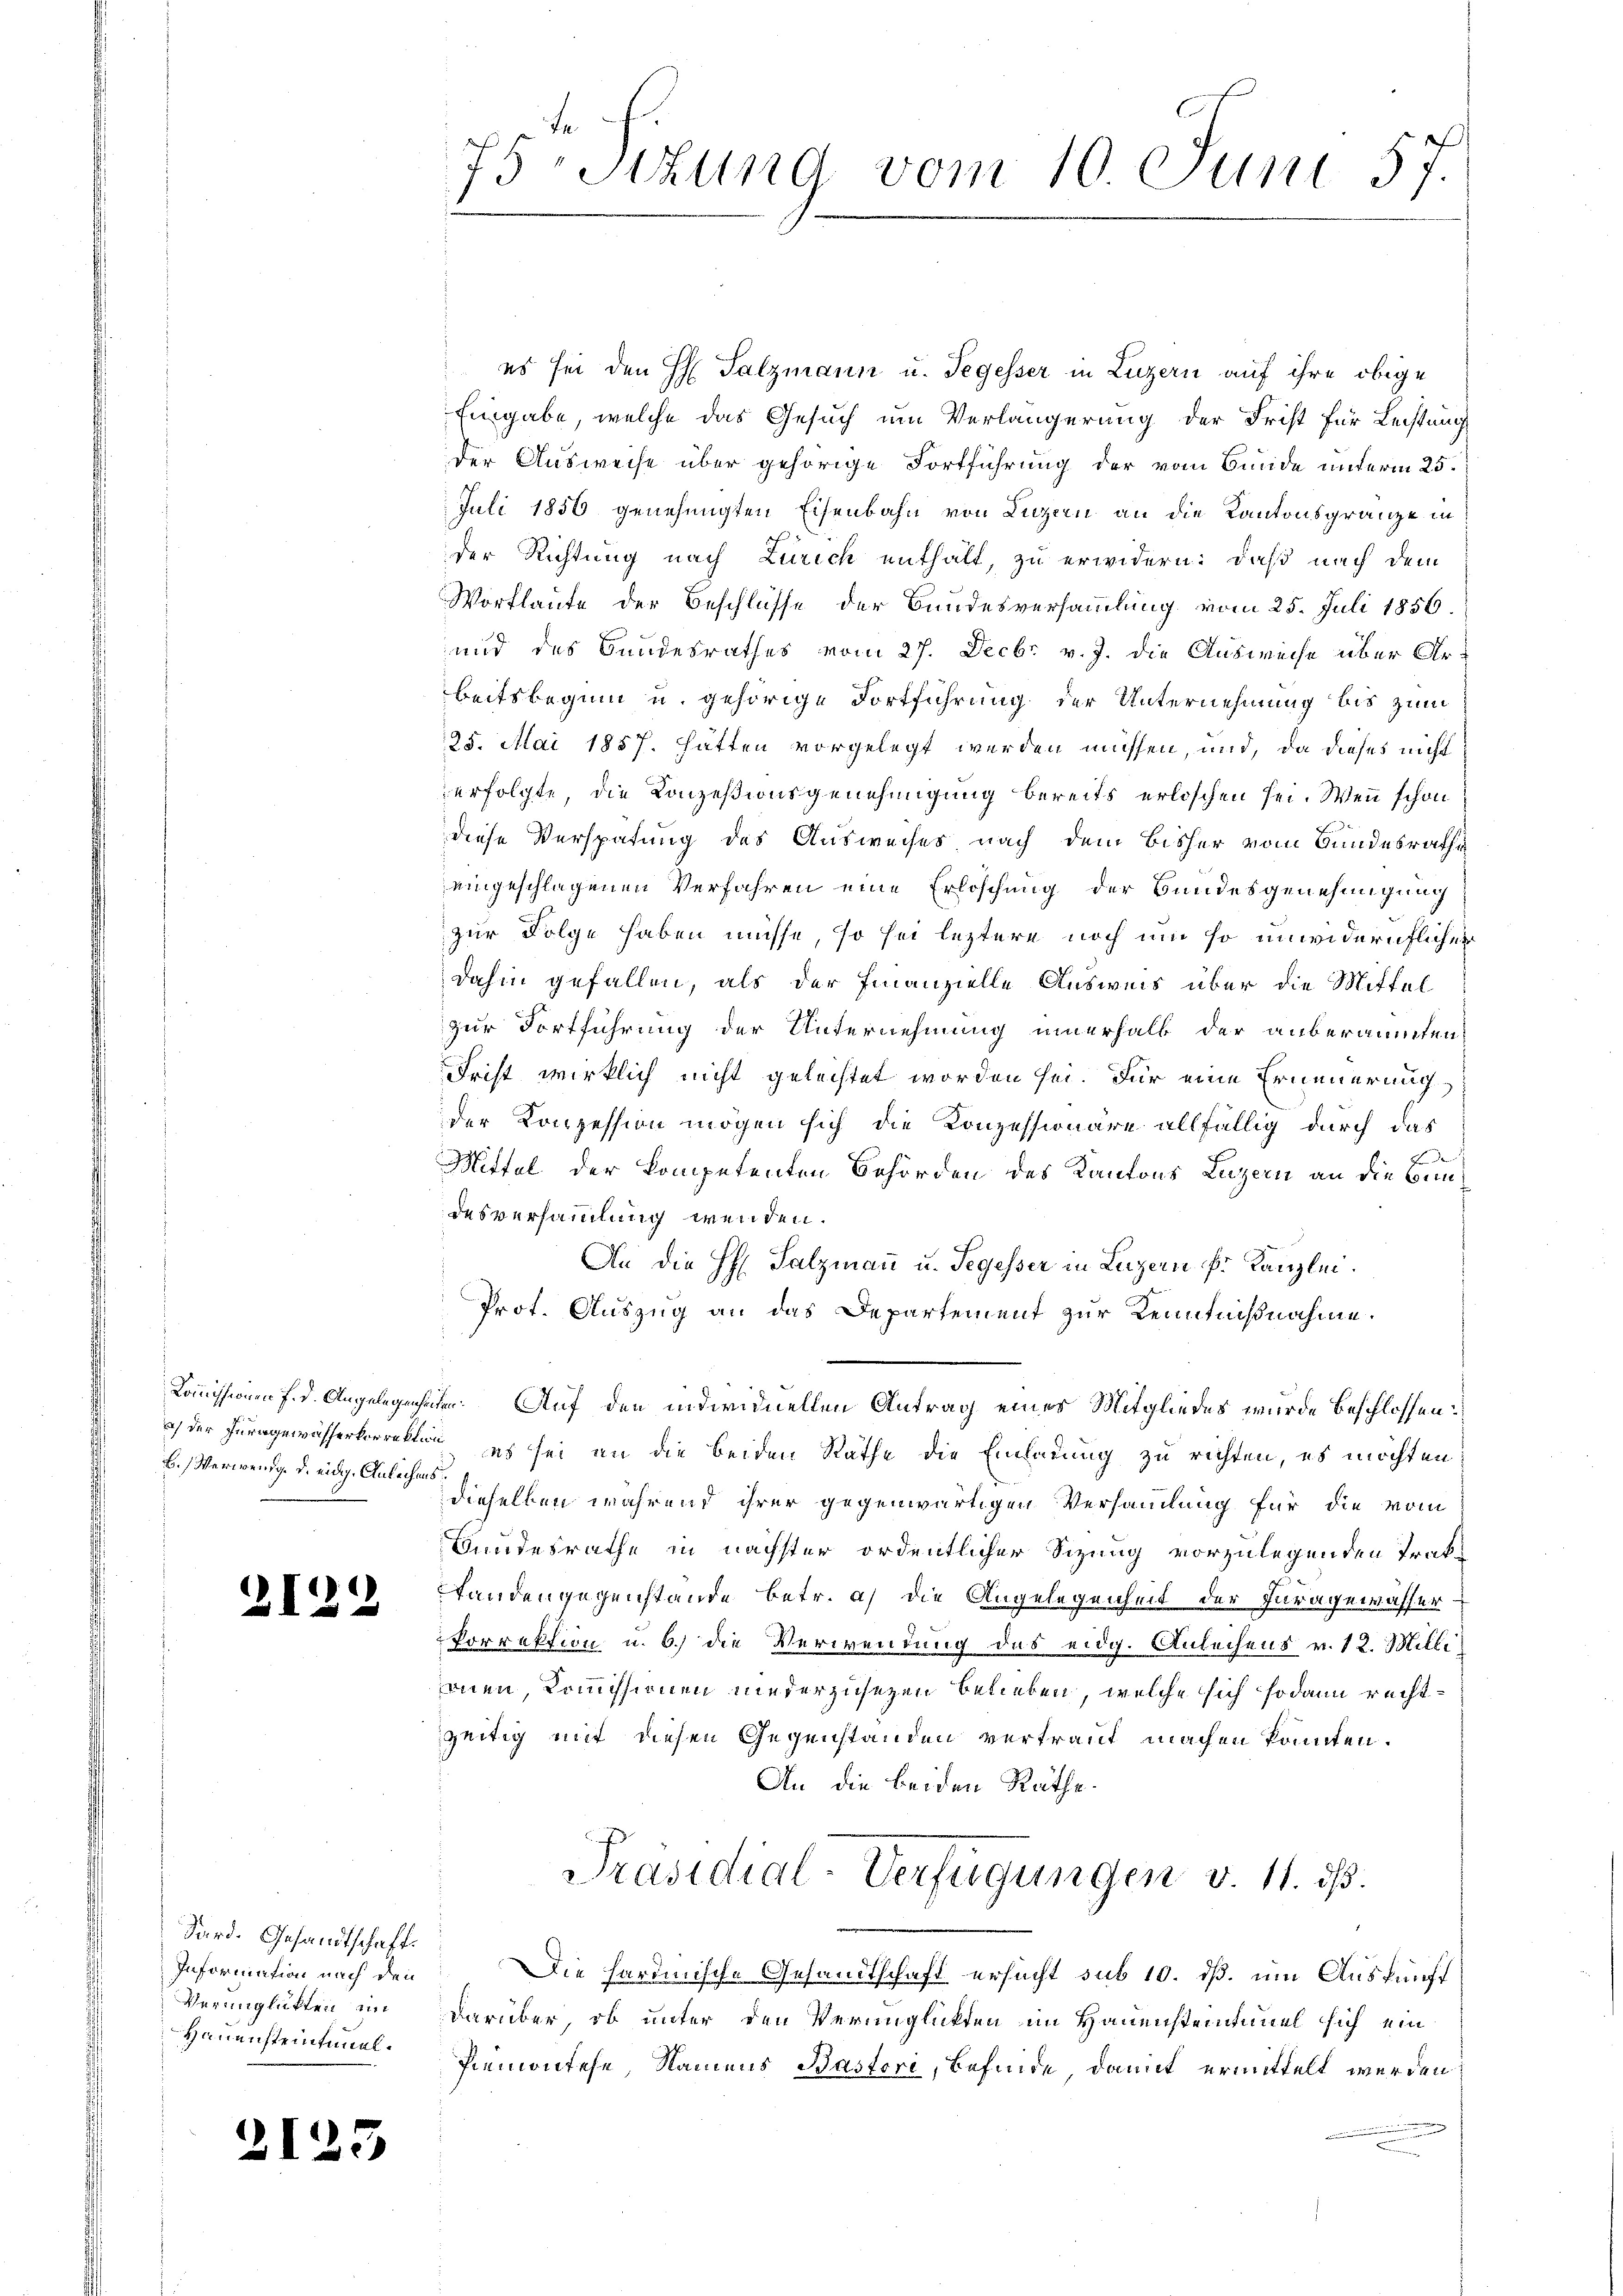
) der Ferngewässerkorrektion
B.) Verwenig. d. eidg. Anleihens.

2122

Sard. Gesandtschaft.
Information nach den
Verunglükten, in
Hauensteintimel¬

2125

75 Sizung vom 10. Juni 57.

es sei den H Salzmann u. Segesser in Luzern auf ihre obige
Eingabe, welche das Gesuch um Verlängerung der Frist für Leistung
der Ausweise über gehörige Fortführung der vom Bunde unterm 25.
Juli 1856 genehmigten Eisenbahn von Luzern an die Kantonsgränze in
f
der Richtung nach Zürich enthalt, zu erwidern: daß nach dem
Wortlaute der Beschlüsse der Bundesversammlung vom 25. Juli 1856.
und des Bundesrathes vom 27. Decbr v. J. die Ausweise über Arbeitsbeginn u. gehörige Fortführung der Unternehmung bis zum
25. Mai 1857. hätten vorgelegt werden müssen, und, da dieses nicht
erfolgte, die Konzesionsgenehmigung bereits erloschen sei. Wenn schon
diese Verspätung des Ausweises nach dem Bisher vom Bundesrathe
eingeschlagenen Verfahren eine Erlöschung der Bundesgenehmigung
zur Folge haben müsse, so sei leztere noch um so unwidernflicher
dahin gefallen, als der Finanzielle Ausweis über die Mittel
zur Fortführung der Unternehmung innerhalb der anberaumten
Frist wirklich nicht gelachtet worden sei. Für eine Erneuerung
der Konzession mögen sich die Konzessionäre allfällig durch das
Fr
Mittel der kompetenten Behörden des Kantons Luzern an die Bundesversammlung wenden.
An die H. Salzmann u. Segesser in Luzern k. Kanzlei.
Prot. Auszug an das Departement zur Kenntnißnahme.
Commissionen f.d. Angelegenheiten. Auf den individuellen Antrag eines Mitgliedes wurde beschlossen:
es sei an die beiden Räthe die Einladung zu richten, es möchten:
dieselben während ihrer gegenwärtigen Versammlung für die vom
Bundesrathe in nächster ordentlicher Sizung vorzulegenden Trakfanden gegenstande betr. a) die Angelegenheit der Juragewässer
Porrektion u. b.) die Verwendung das eidg. Anleihens v. 12. Milli
onen, Commissionen niederzusetzen belieben, welche sich sodann rechtzeitig mit diesen Gegenstanden vertraut machen könnten.
An die beiden Räthe.
Präsidial-Verfügungen v. 11. ds.
Die hardinische Gesandtschaft ersucht sub 10. dß. um Auskunft
darüber, ob unter den Verunglickten im Hauensteintimel sich ein
Piemontehe, Namens Bastori, Befinde, damit ermittelt werden